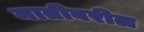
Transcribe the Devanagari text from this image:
मातीवरील